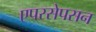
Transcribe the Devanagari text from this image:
एपरसेपसन